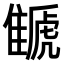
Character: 𩀗